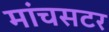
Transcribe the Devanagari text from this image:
मांचसटर